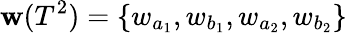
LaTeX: \mathbf{w}(T^{2})=\{ w_{a_{1}},w_{b_{1}},w_{a_{2}},w_{b_{2}}\}